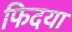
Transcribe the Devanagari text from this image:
फिदया